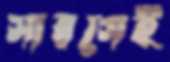
সারগেই